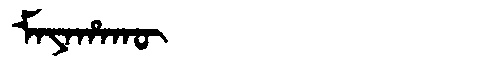
Manchu: ᠮᠠᠶᠠᡥᠠᡴᡡ
Romanization: MAYAHAKŪ